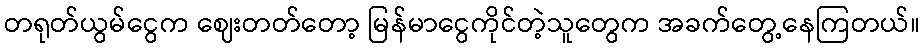
တရုတ်ယွမ်ငွေက ဈေးတတ်တော့ မြန်မာငွေကိုင်တဲ့သူတွေက အခက်တွေ့နေကြတယ်။